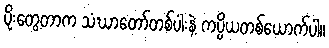
ပိုးတွေ့တာက သံဃာတော်တစ်ပါးနဲ့ ကပ္ပိယတစ်ယောက်ပါ။